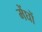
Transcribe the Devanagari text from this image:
मेंघों